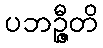
ပဘဉ္ဇီတိ